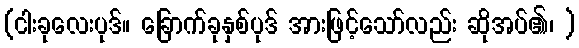
(ငါးခုလေးပုဒ်။ ခြောက်ခုနှစ်ပုဒ် အားဖြင့်သော်လည်း ဆိုအပ်၏၊ )